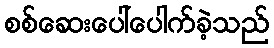
စစ်ဆေးပေါ်ပေါက်ခဲ့သည်